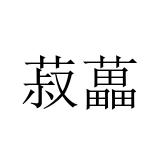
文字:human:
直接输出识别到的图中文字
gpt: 菽藟